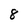
Character: 8